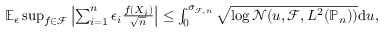
\begin{array} { r } { \mathbb { E } _ { \epsilon } \operatorname* { s u p } _ { f \in \mathcal { F } } \left| \sum _ { i = 1 } ^ { n } \epsilon _ { i } { \frac { f ( X _ { i } ) } { \sqrt { n } } } \right| \le \int _ { 0 } ^ { \sigma _ { \mathcal { F } , n } } \sqrt { \log \mathcal { N } ( u , \mathcal { F } , L ^ { 2 } ( \mathbb { P } _ { n } ) ) } \mathrm { d } u , } \end{array}